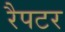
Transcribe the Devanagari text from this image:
रैपटर